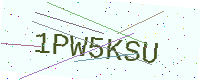
Text: 1PW5KSU